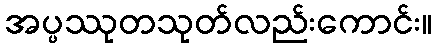
အပ္ပဿုတသုတ်လည်းကောင်း။